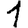
Digit: 1